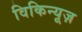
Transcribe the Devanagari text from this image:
विकिन्यूज़